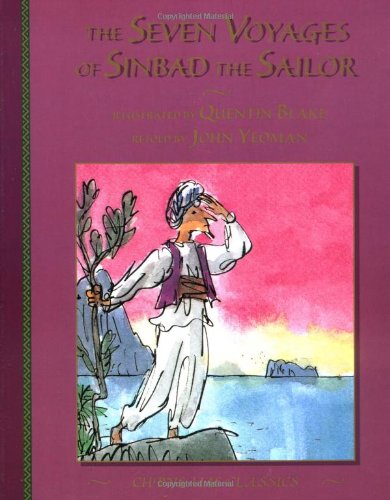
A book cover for The Seven Voyages of Sinbad the Sailor; John Yeoman; Children's Books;